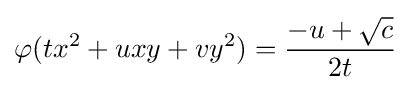
\varphi (tx^{2}+uxy+vy^{2})={\frac {-u+{\sqrt {c}}}{2t}}